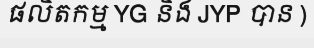
ផលិតកម្ម YG និង JYP បាន )